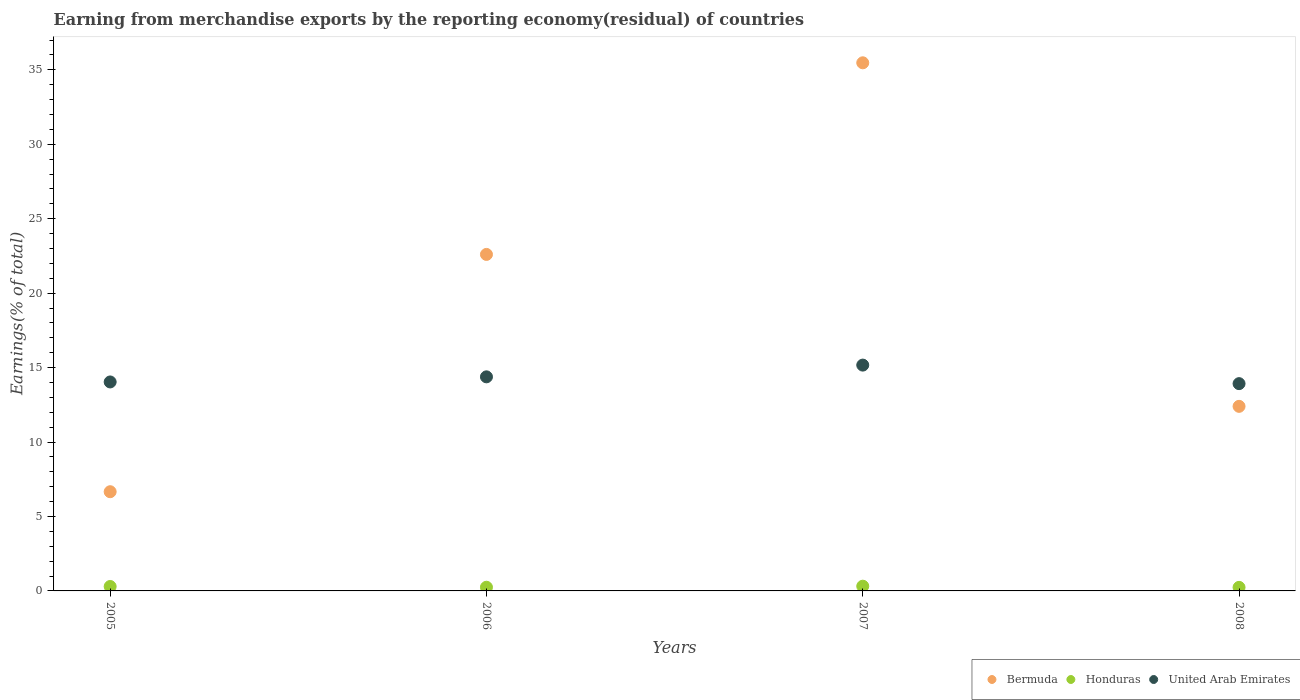
| Years | Bermuda | Honduras | United Arab Emirates |
 | --- | --- | --- | --- |
 | 2005 | 6.66 | 0.298 | 14 |
 | 2006 | 22.6 | 0.247 | 14.4 |
 | 2007 | 35.5 | 0.317 | 15.2 |
 | 2008 | 12.4 | 0.239 | 13.9 |